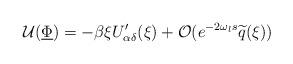
LaTeX: \begin{align*} \mathcal U(\underline\Phi)=-\beta\xi U_{\alpha\delta}'(\xi)+\mathcal O(e^{-2\omega_{l} s}\widetilde q(\xi)) \end{align*}